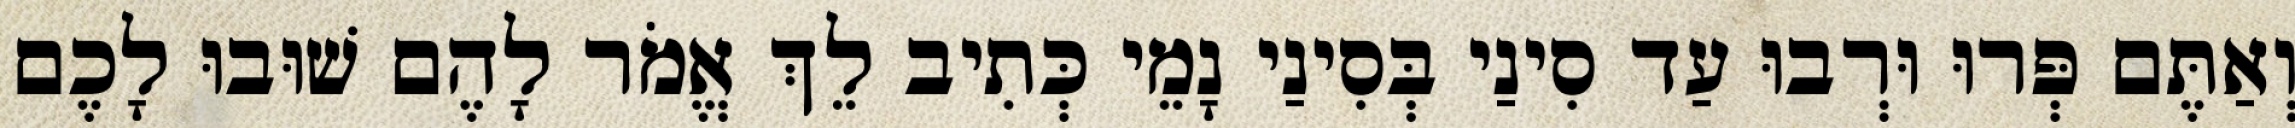
וְאַתֶּם פְּרוּ וּרְבוּ עַד סִינַי בְּסִינַי נָמֵי כְּתִיב לֵךְ אֱמֹר לָהֶם שׁוּבוּ לָכֶם